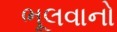
ભૂલવાનો